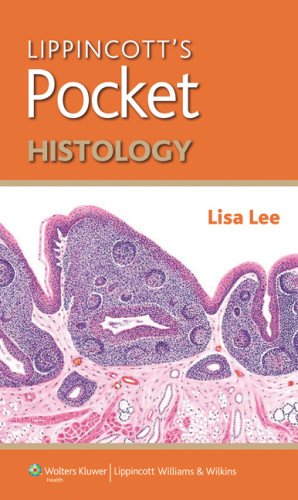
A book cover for Lippincott's Pocket Histology (Lippincott's Pocket Series); Lisa M.J. Lee PhD; Medical Books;